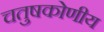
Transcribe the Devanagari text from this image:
चतुषकोणीय